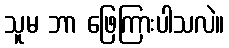
သူမ ဘာ ဖြေကြားပါသလဲ။